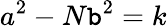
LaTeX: a^{2}-N\mathtt{b}^{2}=k